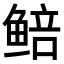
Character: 𬶜